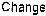
CHANGE